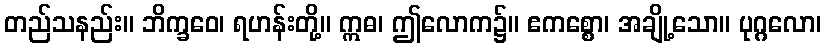
တည်သနည်း။ ဘိက္ခဝေ၊ ရဟန်းတို့။ ဣဓ၊ ဤလောက၌။ ဧကစ္စော၊ အချို့သော။ ပုဂ္ဂလော၊